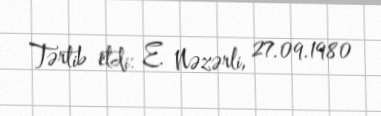
Tərtib etdi: E. Nəzərli, 27.09.1980